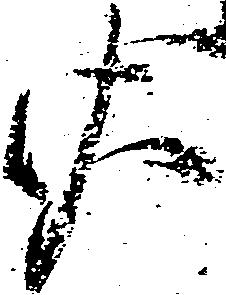
佐